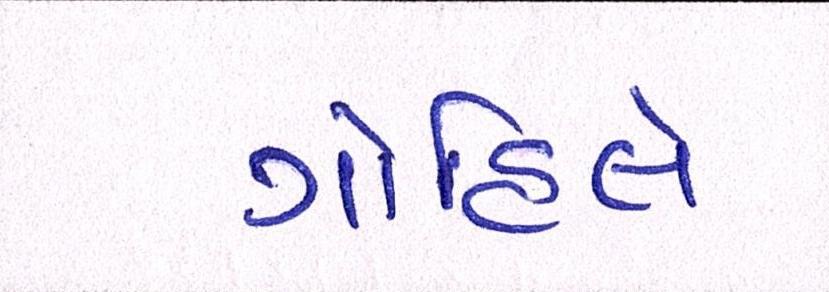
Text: ગોહિલે